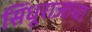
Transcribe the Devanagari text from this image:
सिंधूराजाचा